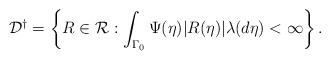
LaTeX: \begin{align*} \mathcal{D}^\dagger = \left\{ R \in \mathcal{R}: \int_{\Gamma_0}\Psi(\eta) |R(\eta)| \lambda ( d \eta) < \infty \right\}.\end{align*}